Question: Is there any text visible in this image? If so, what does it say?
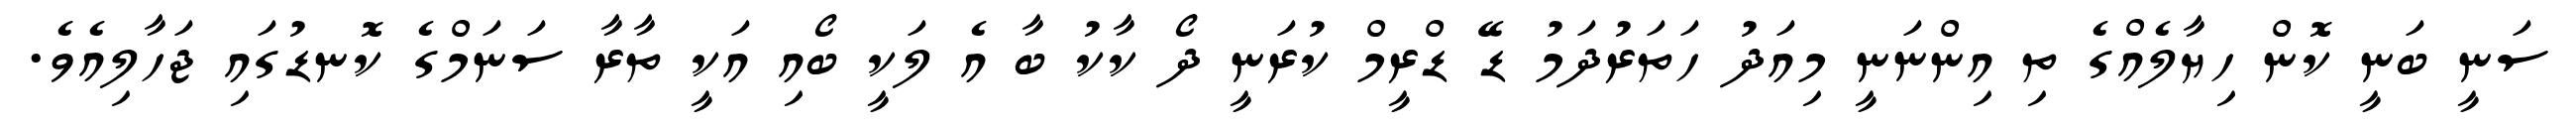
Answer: ސަނީ ބަނީ ކޮން ހިޔާލެއްގެ ތި އިންނަނީ މިއަދު ހަތަރުދަމު ޑޭ ޑްރީމް ކުރަނީ ދޯ ކާކު ބާ އެ ލަކީ ބޯއި އަކީ ތާރާ ސަނަމްގެ ކޮނޑުގައި ޖަހާލިއެވެ.